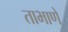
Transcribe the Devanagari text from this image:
ताभाणे